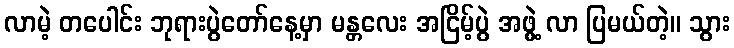
လာမဲ့ တပေါင်း ဘုရားပွဲတော်နေ့မှာ မန္တလေး အငြိမ့်ပွဲ အဖွဲ့ လာ ပြမယ်တဲ့။ သွား